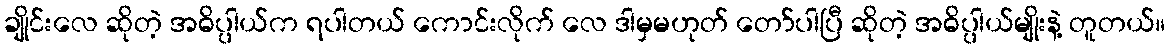
ချိုင်းလေ ဆိုတဲ့ အဓိပ္ပါယ်က ရပါတယ် ကောင်းလိုက် လေ ဒါမှမဟုတ် တော်ပါပြီ ဆိုတဲ့ အဓိပ္ပါယ်မျိုးနဲ့ တူတယ်။